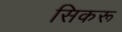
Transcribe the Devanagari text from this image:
सिकरू